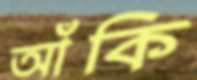
আঁকি